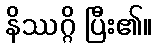
နိဿဂ္ဂိ ပြီး၏။